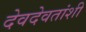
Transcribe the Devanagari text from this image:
देवदेवतांशी